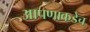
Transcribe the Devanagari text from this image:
आपणाकडेच